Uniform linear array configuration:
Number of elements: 32
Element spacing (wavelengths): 1
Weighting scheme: kaiser
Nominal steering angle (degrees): -15
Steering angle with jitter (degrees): -15.593
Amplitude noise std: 0.05
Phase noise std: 0.05

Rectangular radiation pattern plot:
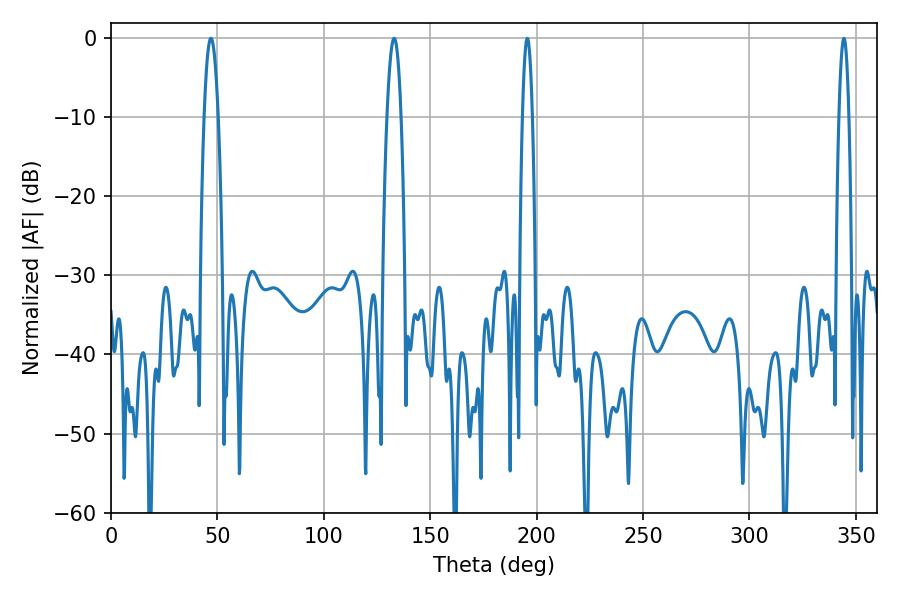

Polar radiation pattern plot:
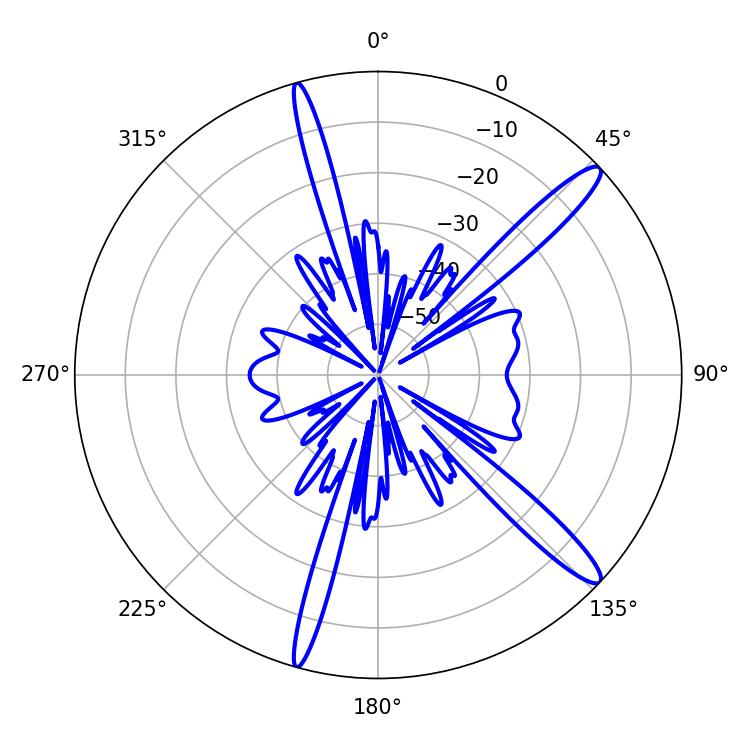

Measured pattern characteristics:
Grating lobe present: TRUE
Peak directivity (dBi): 14.251
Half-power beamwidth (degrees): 3.6
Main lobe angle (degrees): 46.98